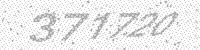
Solution: 371720